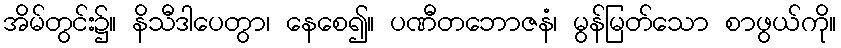
အိမ်တွင်း၌။ နိသီဒါပေတွာ၊ နေစေ၍။ ပဏီတဘောဇနံ၊ မွန်မြတ်သော စာဖွယ်ကို။